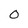
Character: 0